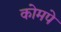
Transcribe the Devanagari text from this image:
कोमपे